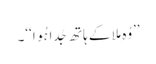
’’وُہ مِلا کے ہاتھ جُدا ہُوا‘‘۔